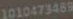
1010473489